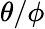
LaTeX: \theta/\phi